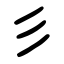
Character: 彡